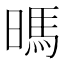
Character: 𰖛